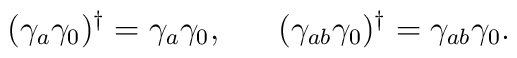
(\gamma_a \gamma_0)^\dagger = \gamma_a \gamma_0, \ \ \ \ \  (\gamma_{ab} \gamma_0)^\dagger = \gamma_{ab} \gamma_0.